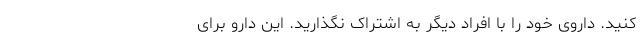
کنید. داروی خود را با افراد دیگر به اشتراک نگذارید. این دارو برای